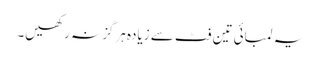
یہ لمبائی تین فٹ سے زیادہ ہرگز نہ رکھیں۔